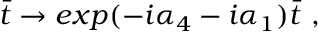
\bar { t } \rightarrow e x p ( - i \alpha _ { 4 } - i \alpha _ { 1 } ) \bar { t } \ ,